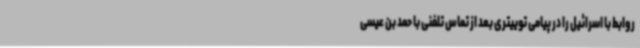
روابط با اسرائیل را در پیامی توییتری بعد از تماس تلفنی با حمد بن عیسی